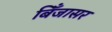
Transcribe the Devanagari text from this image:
बिँजासर